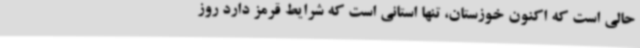
حالی است که اکنون خوزستان، تنها استانی است که شرایط قرمز دارد روز